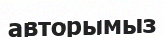
авторымыз